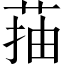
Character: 菗